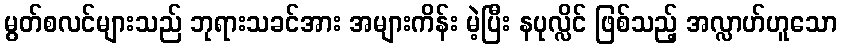
မွတ်စလင်များသည် ဘုရားသခင်အား အများကိန်း မဲ့ပြီး နပုလ္လိင် ဖြစ်သည့် အလ္လာဟ်ဟူသော